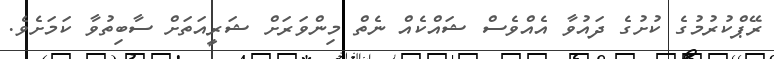
ރޭޕްކުރުމުގެ ކުށުގެ ދައުވާ އެއްވެސް ޝައްކެއް ނެތް މިންވަރަށް ޝަރީއަތަށް ސާބިތުވާ ކަމަށެވެ.